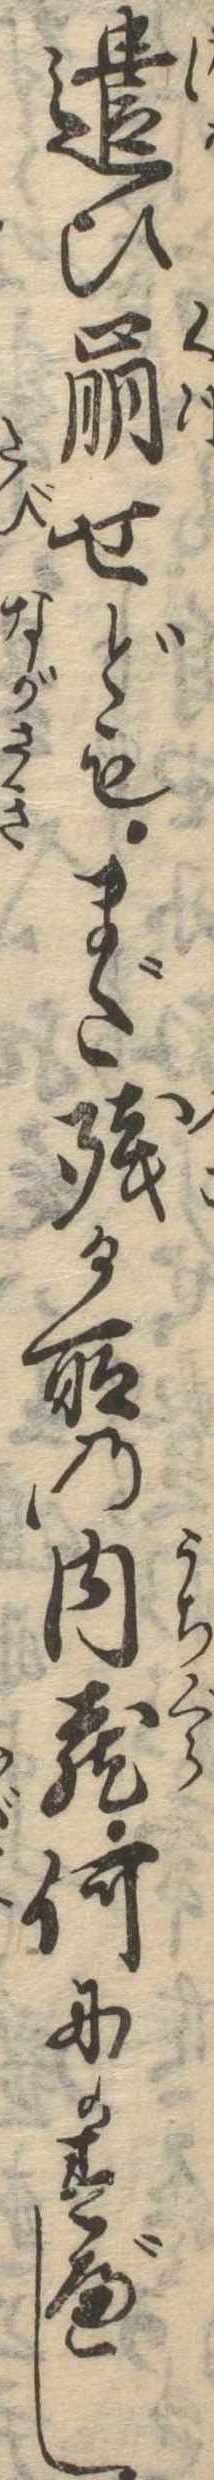
遣ひ崩せどもまだ残る所の内蔵何にかすべし